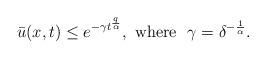
LaTeX: \begin{align*}\bar u(x,t) \leq e^{-\gamma t^{\frac{q}{\alpha}}}, \hbox{ where }~ \gamma = \delta^{-\frac{1}{\alpha}}.\end{align*}